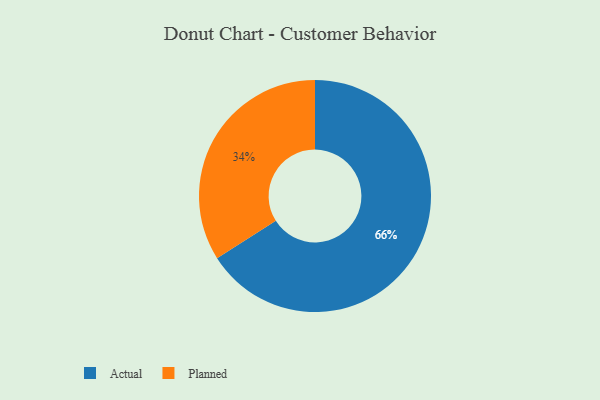
{"axis": {"x": "Category", "y": "Percentage"}, "legend": ["Actual", "Planned"], "data": [{"x": "Actual", "y": 66, "type": "Actual"}, {"x": "Planned", "y": 34, "type": "Planned"}]}